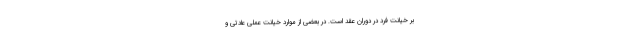
بر خیانت فرد در دوران عقد است. در بعضی از موارد خیانت عملی عادتی و